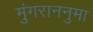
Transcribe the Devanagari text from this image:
मुंगराननुमा